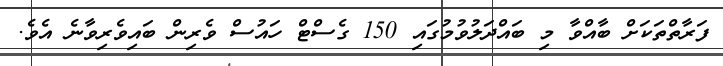
ފަރާތްތަކަށް ބާއްވާ މި ބައްދަލުވުމުގައި 150 ގެސްޓް ހައުސް ވެރިން ބައިވެރިވާނެ އެވެ.